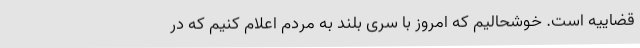
قضاییه است. خوشحالیم که امروز با سری بلند به مردم اعلام کنیم که در